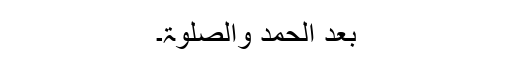
بعد الحمد والصلوٰۃ۔